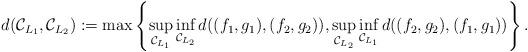
LaTeX: \begin{align*}d(\mathcal{C}_{L_1},\mathcal{C}_{L_2}):=\max\left\{\sup_{\mathcal{C}_{L_1}}\inf_{\mathcal{C}_{L_2}} d((f_1,g_1),(f_2,g_2)),\sup_{\mathcal{C}_{L_2}}\inf_{\mathcal{C}_{L_1}} d((f_2,g_2),(f_1,g_1))\right\}.\end{align*}